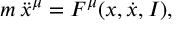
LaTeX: m \: \ddot { x } ^ { \mu } = F ^ { \mu } ( x , \dot { x } , I ) ,